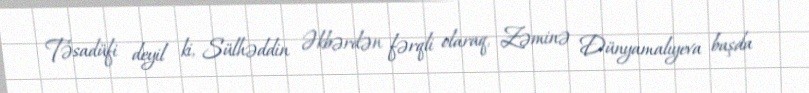
Təsadüfi deyil ki, Sülhəddin Əkbərdən fərqli olaraq, Zəminə Dünyamalıyeva başda